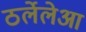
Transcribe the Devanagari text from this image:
ठर्लेलेआ